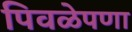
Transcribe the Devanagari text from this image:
पिवळेपणा